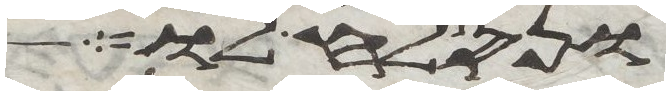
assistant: ונסלח לו